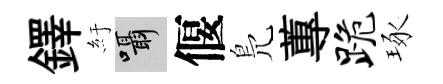
鐸紆囁偃鳬蓴跪琢